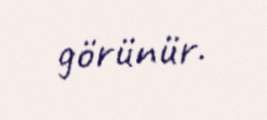
görünür.